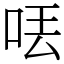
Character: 𠲍